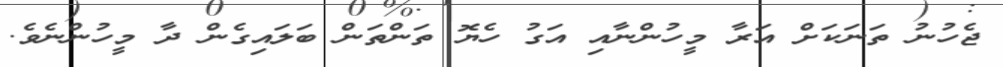
ޖެހުނު ތަނަކަށް އަރާ މީހުންނާއި އަގު ހެޔޮ ތަންތަން ބަލައިގެން ދާ މީހުންނެވެ.